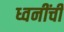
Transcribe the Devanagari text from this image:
ध्वनींची